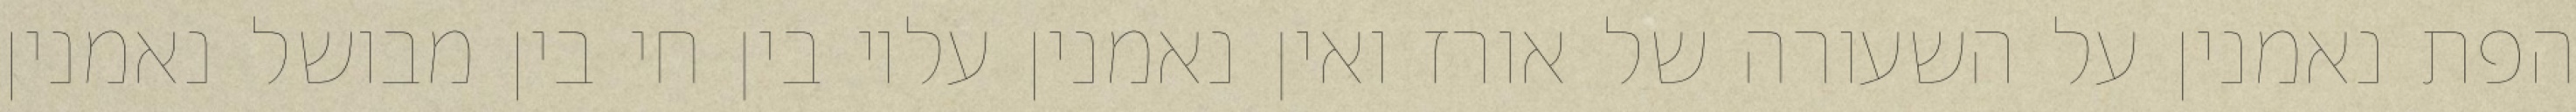
הפת נאמנין על השעורה של אורז ואין נאמנין עליו בין חי בין מבושל נאמנין